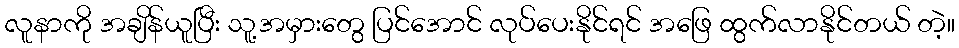
လူနာကို အချိန်ယူပြီး သူ့အမှားတွေ ပြင်အောင် လုပ်ပေးနိုင်ရင် အဖြေ ထွက်လာနိုင်တယ် တဲ့။